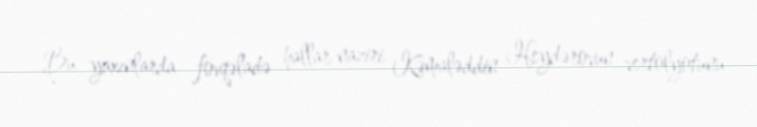
Bu yaxınlarda fovqəladə hallar naziri Kəmaləddin Heydərovun vertolyotunu